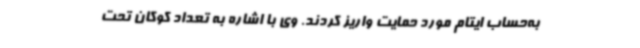
به‌حساب ایتام مورد حمایت واریز کردند. وی با اشاره به تعداد کوکان تحت